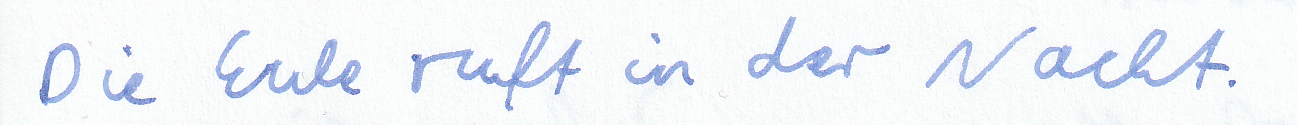
Die Eule ruft in der Nacht.